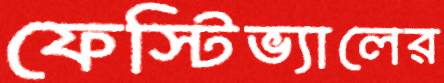
ফেস্টিভ্যালের